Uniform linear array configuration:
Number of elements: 32
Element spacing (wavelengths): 0.75
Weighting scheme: kaiser
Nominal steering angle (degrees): -45
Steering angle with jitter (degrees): -45.847
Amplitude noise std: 0.05
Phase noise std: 0.05

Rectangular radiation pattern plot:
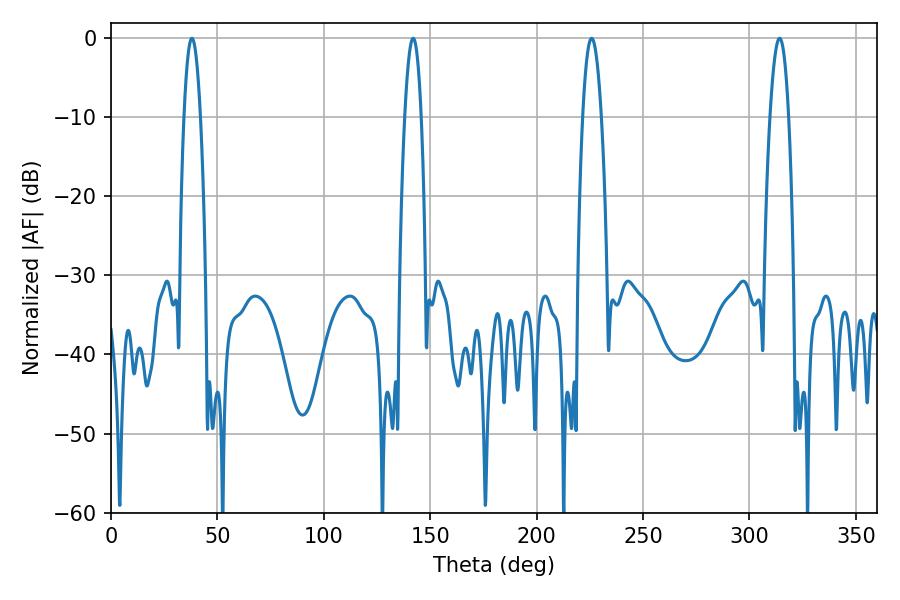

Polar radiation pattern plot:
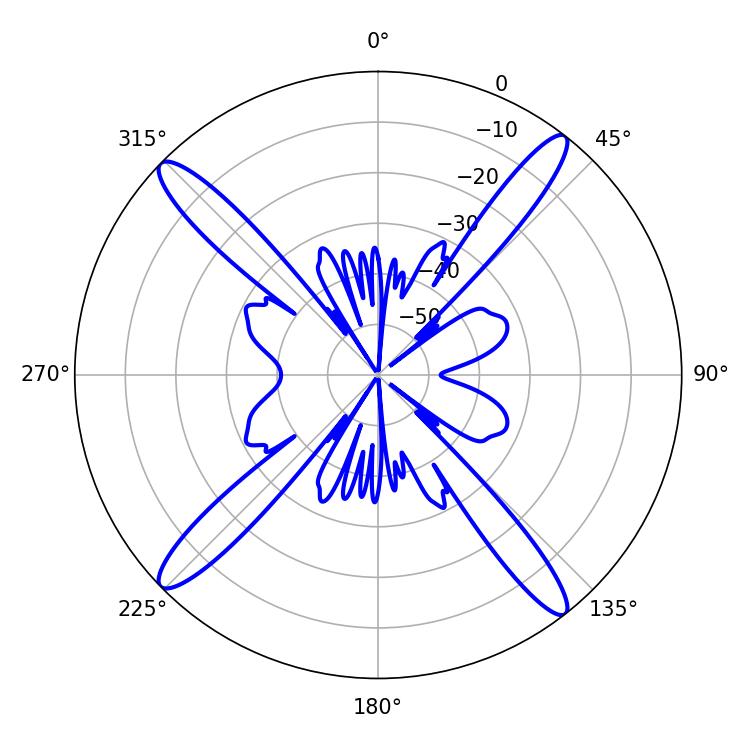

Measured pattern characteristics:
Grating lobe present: TRUE
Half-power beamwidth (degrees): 4.14
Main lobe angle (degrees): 142.02